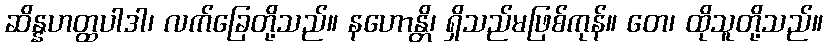
ဆိန္နဟတ္ထပါဒါ၊ လက်ခြေတို့သည်။ နဟောန္တိ၊ ရှိသည်မဖြစ်ကုန်။ တေ၊ ထိုသူတို့သည်။